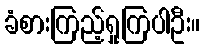
ခံစားကြည့်ရှုကြပါဦး။